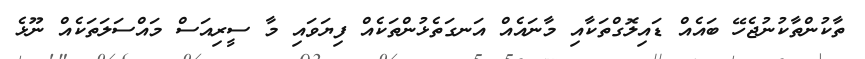
ތާކުންތާކުނުޖެހޭ ބައެއް ޑައިލޮގްތަކާއި މާނައެއް އަނގަތެޅުންތަކެއް ފިޔަވައި މާ ސީރިއަސް މައްސަލަތަކެއް ނޫޅެ